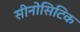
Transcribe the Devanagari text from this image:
सीनोसिटिक